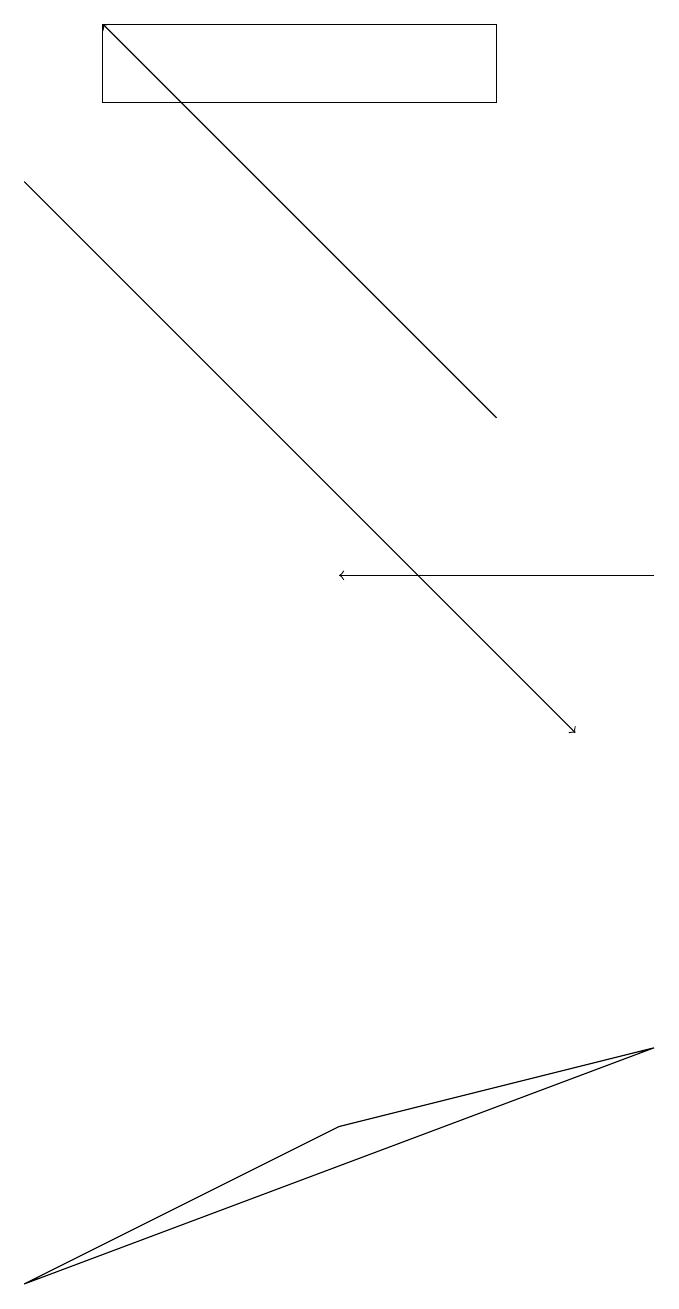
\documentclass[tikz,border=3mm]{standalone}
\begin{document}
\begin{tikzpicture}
\draw (6,18) rectangle (1,19);
\draw[->] (8,12) -- (4,12);
\draw[->] (6,14) -- (1,19);
\draw[->] (0,17) -- (7,10);
\draw (8,6) -- (4,5) -- (0,3) -- cycle;
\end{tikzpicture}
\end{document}